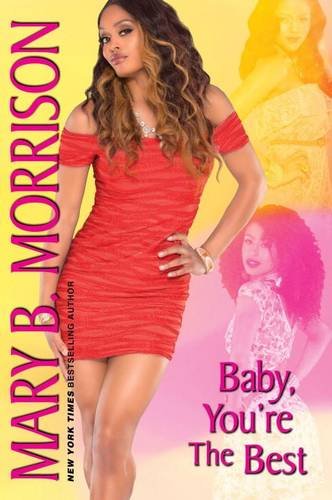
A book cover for Baby, You're the Best (The Crystal Series); Mary B. Morrison; Literature & Fiction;